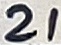
Text: 21